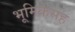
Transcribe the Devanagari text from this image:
भूमिकेसह